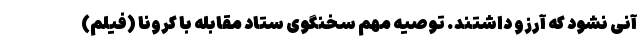
آنی نشود که آرزو داشتند. توصیه مهم سخنگوی ستاد مقابله با کرونا (فیلم)